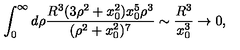
\int _ { 0 } ^ { \infty } d \rho { \frac { R ^ { 3 } ( 3 \rho ^ { 2 } + x _ { 0 } ^ { 2 } ) x _ { 0 } ^ { 5 } \rho ^ { 3 } } { ( \rho ^ { 2 } + x _ { 0 } ^ { 2 } ) ^ { 7 } } } \sim { \frac { R ^ { 3 } } { x _ { 0 } ^ { 3 } } } \rightarrow 0 ,